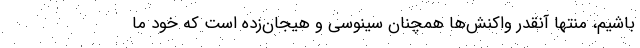
باشیم، منتها آنقدر واکنش‌ها همچنان سینوسی و هیجان‌زده است که خود ما